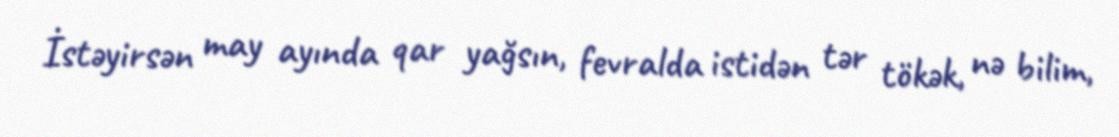
İstəyirsən may ayında qar yağsın, fevralda istidən tər tökək, nə bilim,